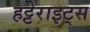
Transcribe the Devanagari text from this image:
हट्टेराइट्स